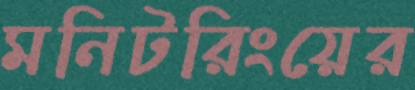
মনিটরিংয়ের